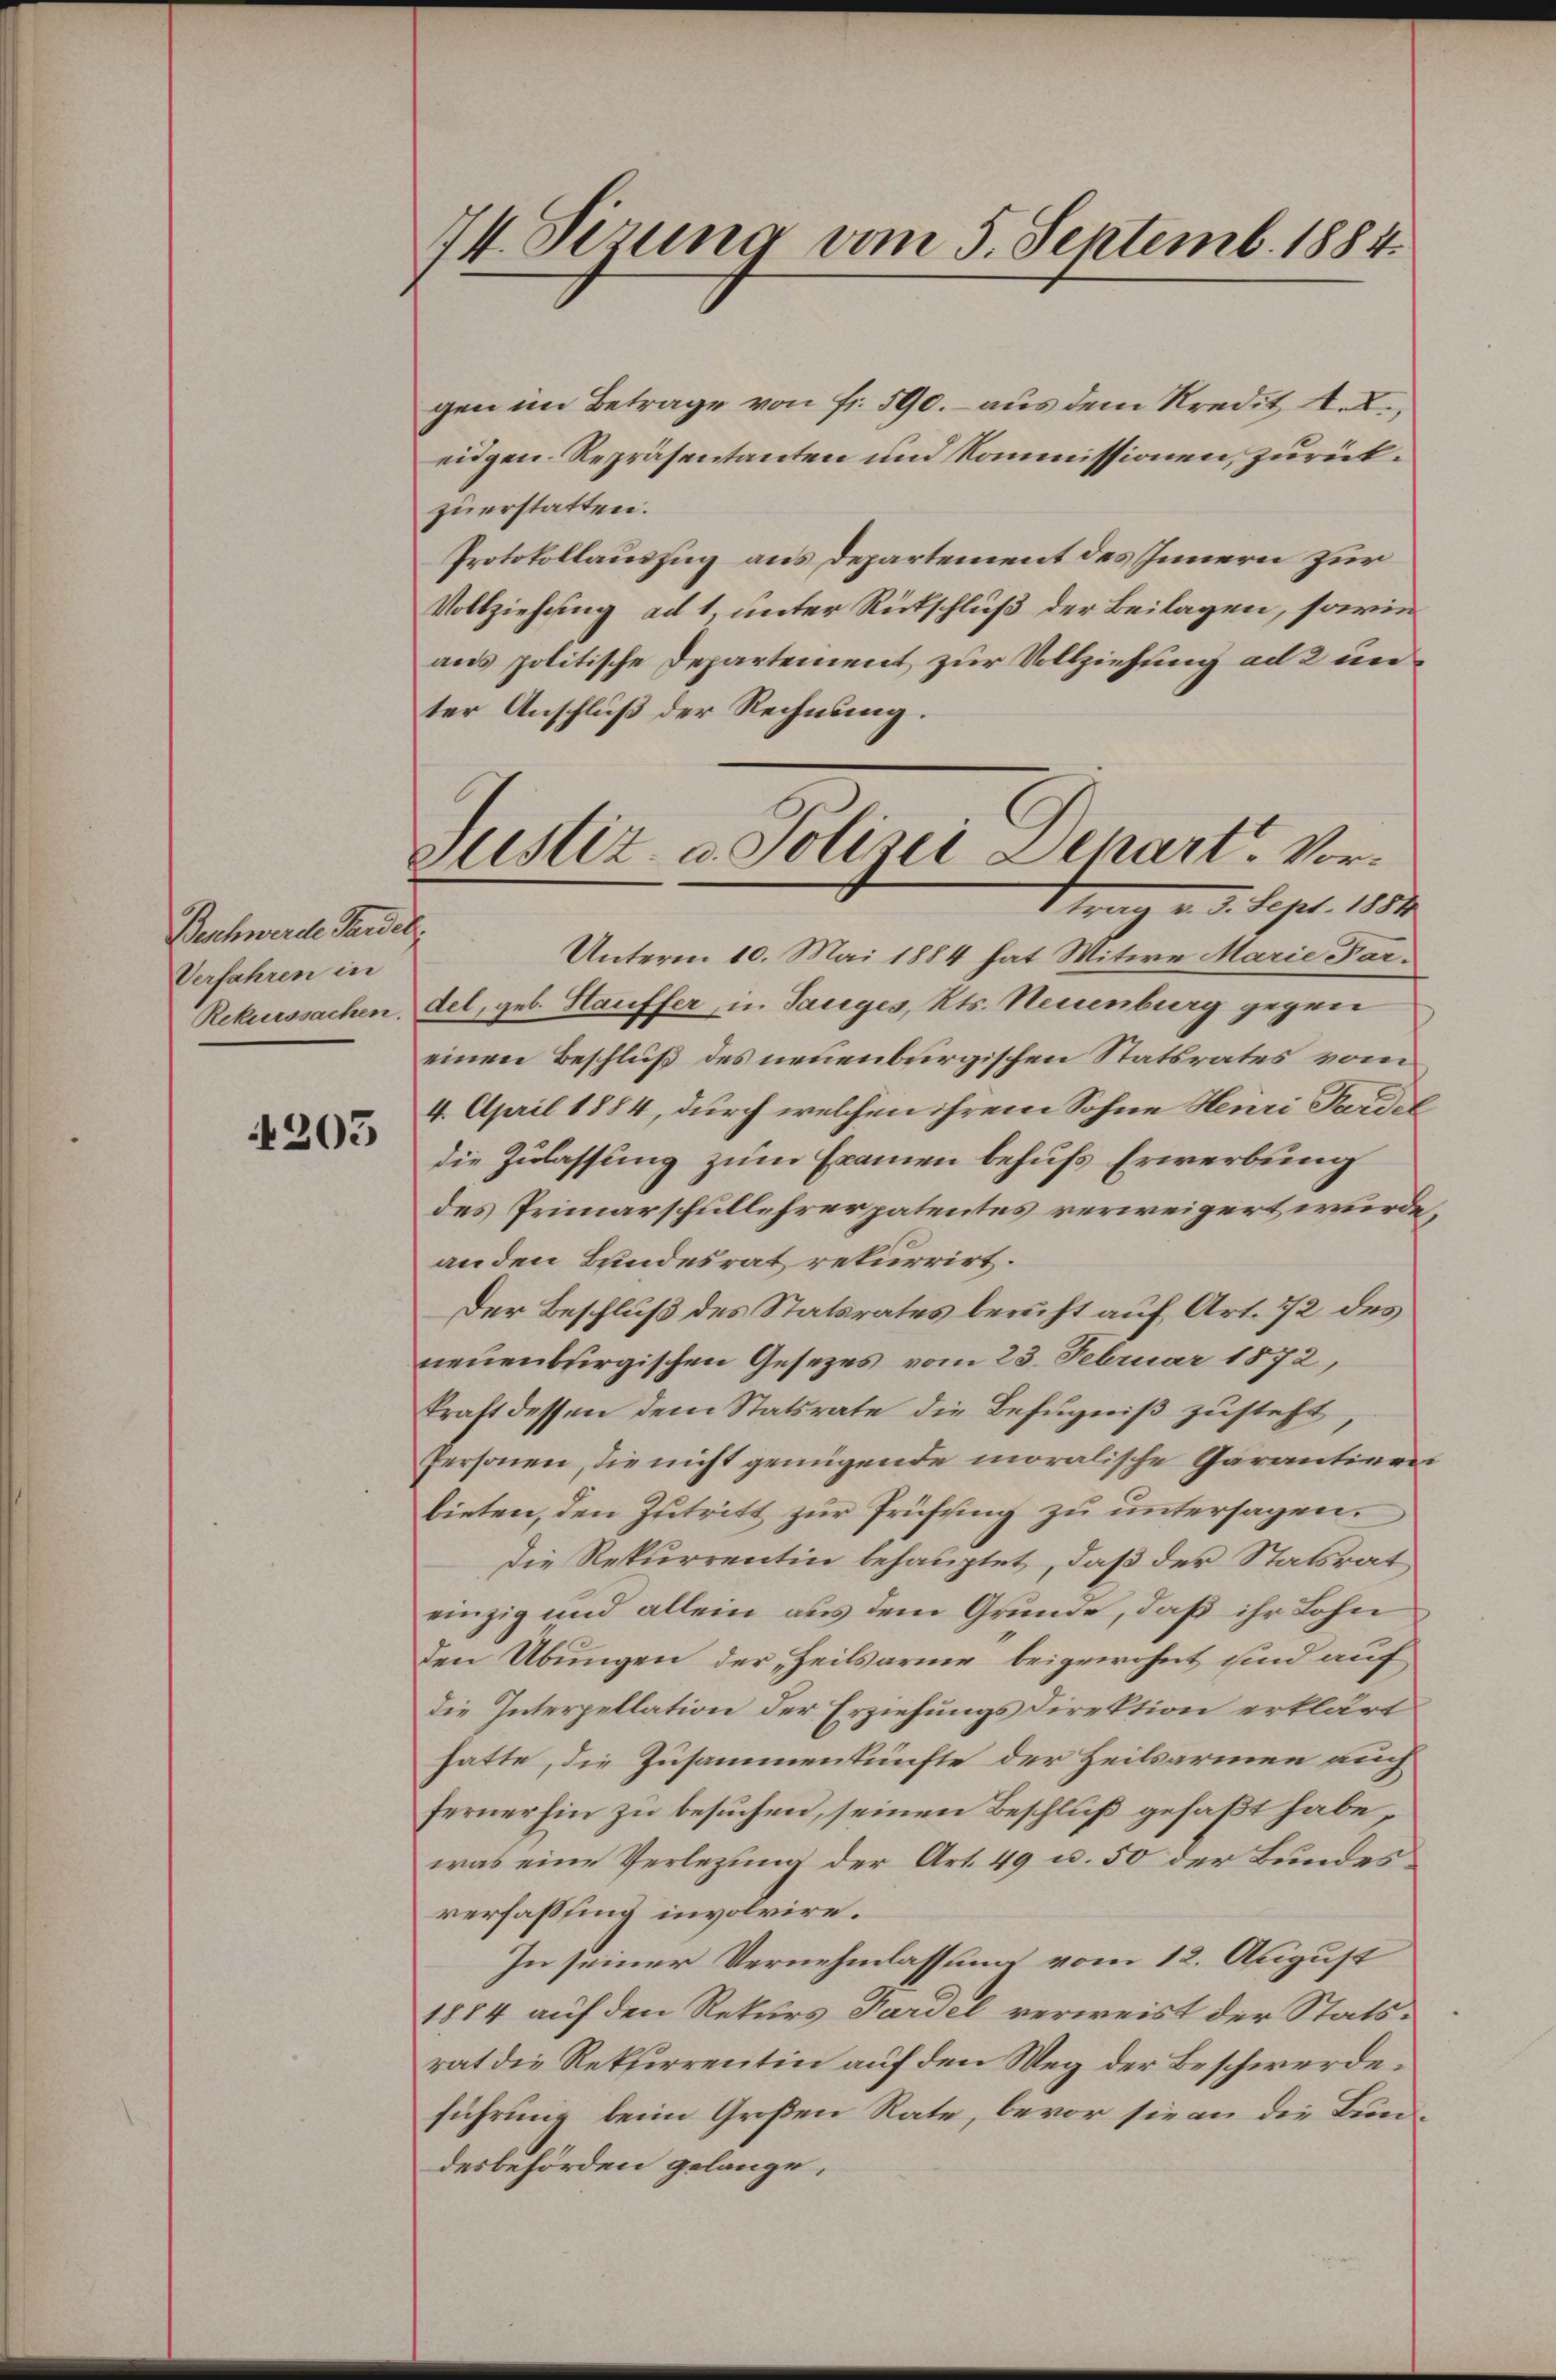
Beschwerde Handel
Verfahren in
Rekurssachen.

203

74. Sezung vom 5. Septemb. 1884.

Justiz- u. Polizei Depart. Vor¬
 5. Sept. 1884

gen im Betrage von fr. 590. aus dem Kredit II.,
eidgen. Repräsentanten und Kommissionen, zurückzuerstatten.
Protokollauszug aus Departement des Innern zur
Vollziehung ad 1, unter Rückschluß der Beilagen, sowie
ans politische Departement zur Vollziehung ad 2 unter Anschluß der Rechnung.
Unterm 10. Mai 1884 hat Witwe Marie Fordel, geb. Stauffer, in Tauges, Kts. Neuenburg gegen
einen Beschluß des neuenburgischen Statsrates vom
4. April 1884, durch welchen ihrem Sohne Henri Fardel
die Zulassung zum Examen behufs Erwerbung
des Primarschullehrerpatentes verweigert wurde,
an den Bundesrat rekurrirt.
Der Beschluß des Statsrates beruht auf Art. 72 des
neuenburgischen Gesetzes vom 23. Februar 1872,
kraft dessen dem Statsrate die Befugniß zusteht,
Personen, die nicht genügende moralische Garantinen
bieten, den Zutritt zur Prüfung zu untersagen.
Die Rekurrentin behauptet, daß der Statsrat
einzig und allein aus dem Grunde, daß ihr Lohn
den Übungen der „Heilsarme beigewohnt sind auf
die Interpellation der Erziehungsdirektion erklärt
hatte, die Zusammenkünfte der Heilsarmen auch
fernerhin zu besuchen, seinen Beschluß gefaßt habe
was eine Verlegung der Art. 49 u. 50 der Bundes
verfassling involvire.
In seiner Vernehmlassung vom 12. August
1884 auf den Rekurs Pardel verweist der Statsrat die Rekurrentin auf den Weg der Beschwerdeführung beim Großen Rate, bevor sie an die Bund
desbehörden gelange,